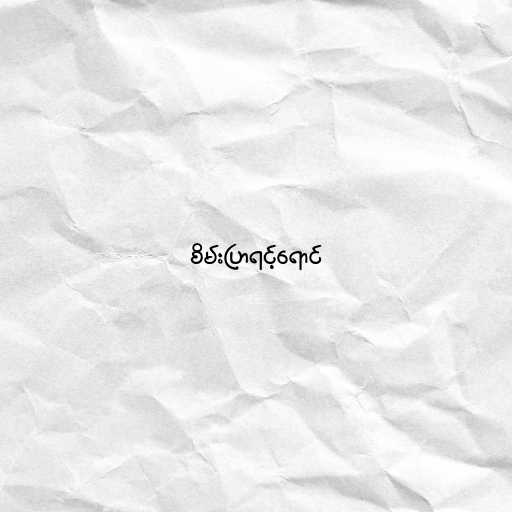
စိမ်းပြာရင့်ရောင်